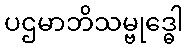
ပဌမာဘိသမ္ဗုဒ္ဓေါ